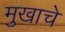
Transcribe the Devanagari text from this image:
मुखाचे